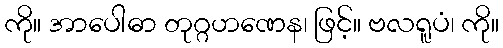
ကို။ အာပေါဓာ တုဂ္ဂဟဏေန၊ ဖြင့်။ ဗလရူပံ၊ ကို။